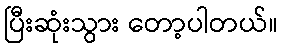
ပြီးဆုံးသွား တော့ပါတယ်။